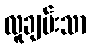
လူချမ်းသာ